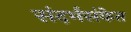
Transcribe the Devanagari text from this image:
संदर्भसंकेत